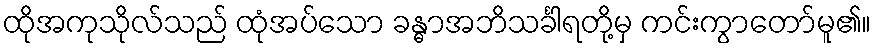
ထိုအကုသိုလ်သည် ထုံအပ်သော ခန္ဓာအဘိသင်္ခါရတို့မှ ကင်းကွာတော်မူ၏။